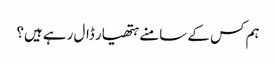
ہم کس کے سامنے ہتھیار ڈال رہے ہیں؟